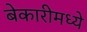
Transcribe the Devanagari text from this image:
बेकारीमध्ये